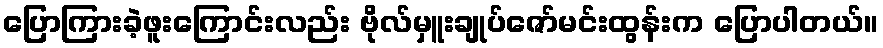
ပြောကြားခဲ့ဖူးကြောင်းလည်း ဗိုလ်မှူးချုပ်ဇော်မင်းထွန်းက ပြောပါတယ်။